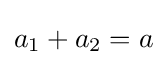
a_{1}+a_{2}=a